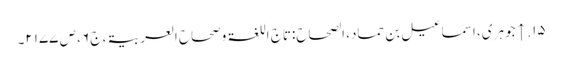
۱۵. ↑ جوہری، اسماعیل بن حماد، الصحاح:تاج اللغۃ وصحاح العربیۃ، ج ۶، ص ۲۱۷۷۔